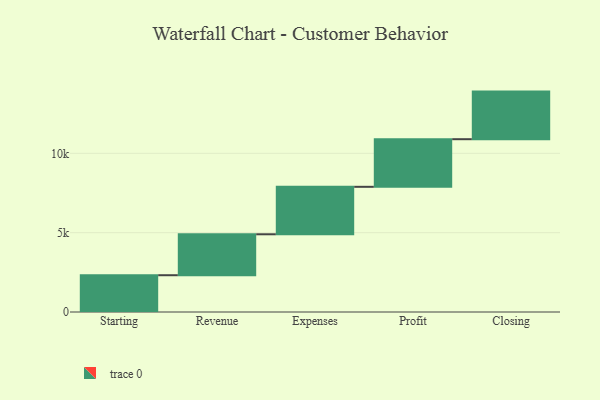
{"axis": {"x": "Step", "y": "Value"}, "legend": [""], "data": [{"x": "Starting", "y": 2318.0, "type": ""}, {"x": "Revenue", "y": 2580.0, "type": ""}, {"x": "Expenses", "y": 2992.0, "type": ""}, {"x": "Profit", "y": 3000, "type": ""}, {"x": "Closing", "y": 3000, "type": ""}]}